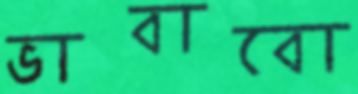
ভাবাবো